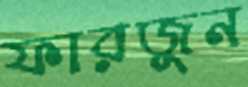
ফারজুন